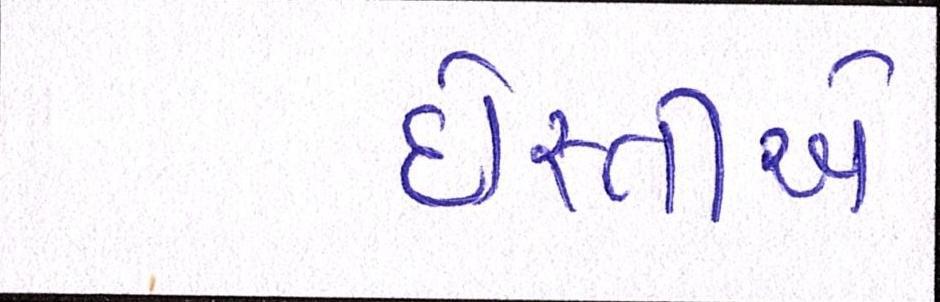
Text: દોસ્તીએ